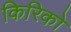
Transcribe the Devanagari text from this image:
किरिको